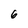
Character: 6